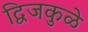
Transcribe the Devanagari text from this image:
द्विजकुळे